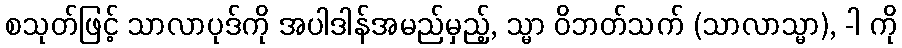
စသုတ်ဖြင့် သာလာပုဒ်ကို အပါဒါန်အမည်မှည့်, သ္မာ ဝိဘတ်သက် (သာလာသ္မာ), -ါ ကို